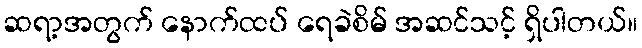
ဆရာ့အတွက် နောက်ထပ် ရေခဲစိမ် အဆင်သင့် ရှိပါတယ်။